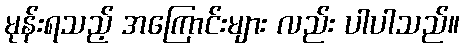
မုန်းရသည့် အကြောင်းများ လည်း ပါပါသည်။